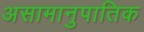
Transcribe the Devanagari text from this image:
असामानुपातिक